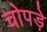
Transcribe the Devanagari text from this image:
चोपड़े